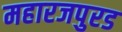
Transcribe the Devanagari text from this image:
महारजपुरड